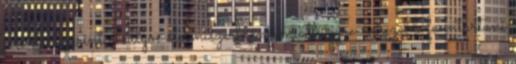
jelentés szerint a súlyos élelmiszerhiány miatt egyre nehezebb fenntartani